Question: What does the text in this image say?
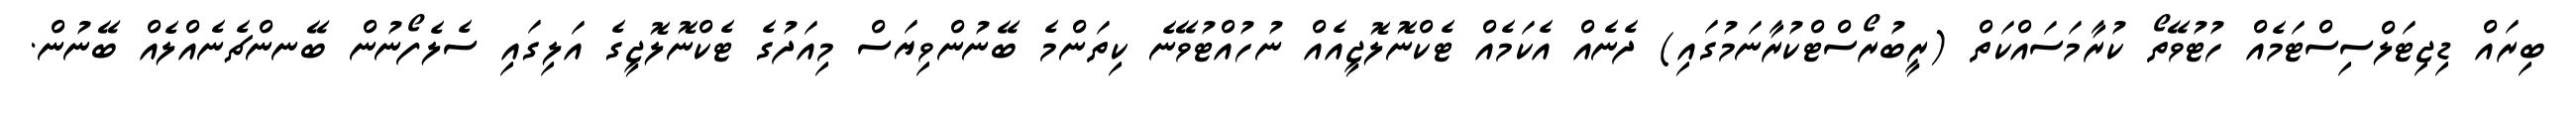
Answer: ބިރައް ޑިޖިޓަލްސިސްޓަމެއް ހުޓުވޭތޯ ކުރާމަސައްކަތް (ރީބުރޯސްޓްކުރާނަމުގައި) ދެނެއް އެކަމެއް ޓެކްނޮލޮޖީއެއް ނުހުއްޓުވޭނެ ކިތަންމެ ބޭނުންވިޔަސް މިއަދުގެ ޓެކްނޮލޮޖީގެ އަލިގައި ސެލެފޯނުން ބޭނންޗެނެއްލެއް ބޭނުން.